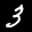
Label: 3